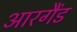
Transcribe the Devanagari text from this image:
आरगैंड